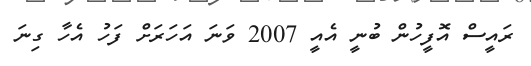
ރައީސް އޮފީހުން ބުނީ އެއީ 2007 ވަނަ އަހަރަށް ފަހު އެހާ ގިނަ